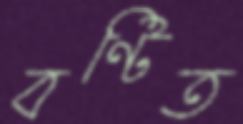
বণ্টিত